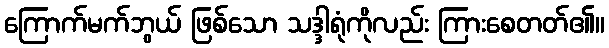
ကြောက်မက်ဘွယ် ဖြစ်သော သဒ္ဒါရုံကိုလည်း ကြားစေတတ်၏။